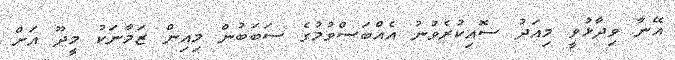
އޭނާ ވިދާޅުވީ މިއަދު ސޮއިކުރެވުނު އެއްބަސްވުމުގެ ސަބަބުން މިއިން ޒަމާނަކު މީދޫ އަށް